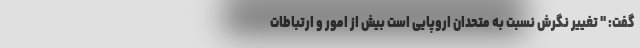
گفت: " تغییر نگرش نسبت به متحدان اروپایی است بیش از امور و ارتباطات